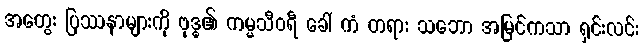
အတွေး ပြဿနာများကို ဗုဒ္ဓ၏ ကမ္မသီဝရီ ခေါ် ကံ တရား သဘော အမြင်ကသာ ရှင်းလင်း